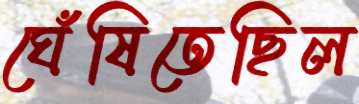
ঘেঁষিতেছিল